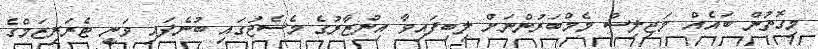
މިގޮތުން ބައެއް މަޖިލިސް މެމްބަރުންނަށް ލިބިފައިވާ އިންޒާރުގެ މެސެޖުގައި ބުނެފައި ވަނީ ޓެރަރިޒަމްގެ